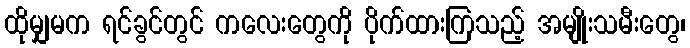
ထိုမျှမက ရင်ခွင်တွင် ကလေးတွေကို ပိုက်ထားကြသည့် အမျိုးသမီးတွေ၊